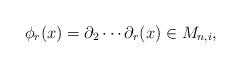
LaTeX: \begin{align*} \phi_r(x)=\partial_2\cdots \partial_r(x) \in M_{n, i}, \end{align*}